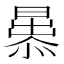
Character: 𭨢